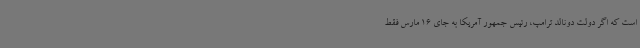
است که اگر دولت دونالد ترامپ، رئیس جمهور آمریکا به جای 16 مارس فقط